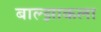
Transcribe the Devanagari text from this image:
बाल्झाकला